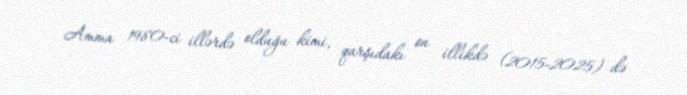
Amma 1980-ci illərdə olduğu kimi, qarşıdakı on illikdə (2015-2025) də